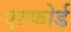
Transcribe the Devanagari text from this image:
एल्फोर्ड